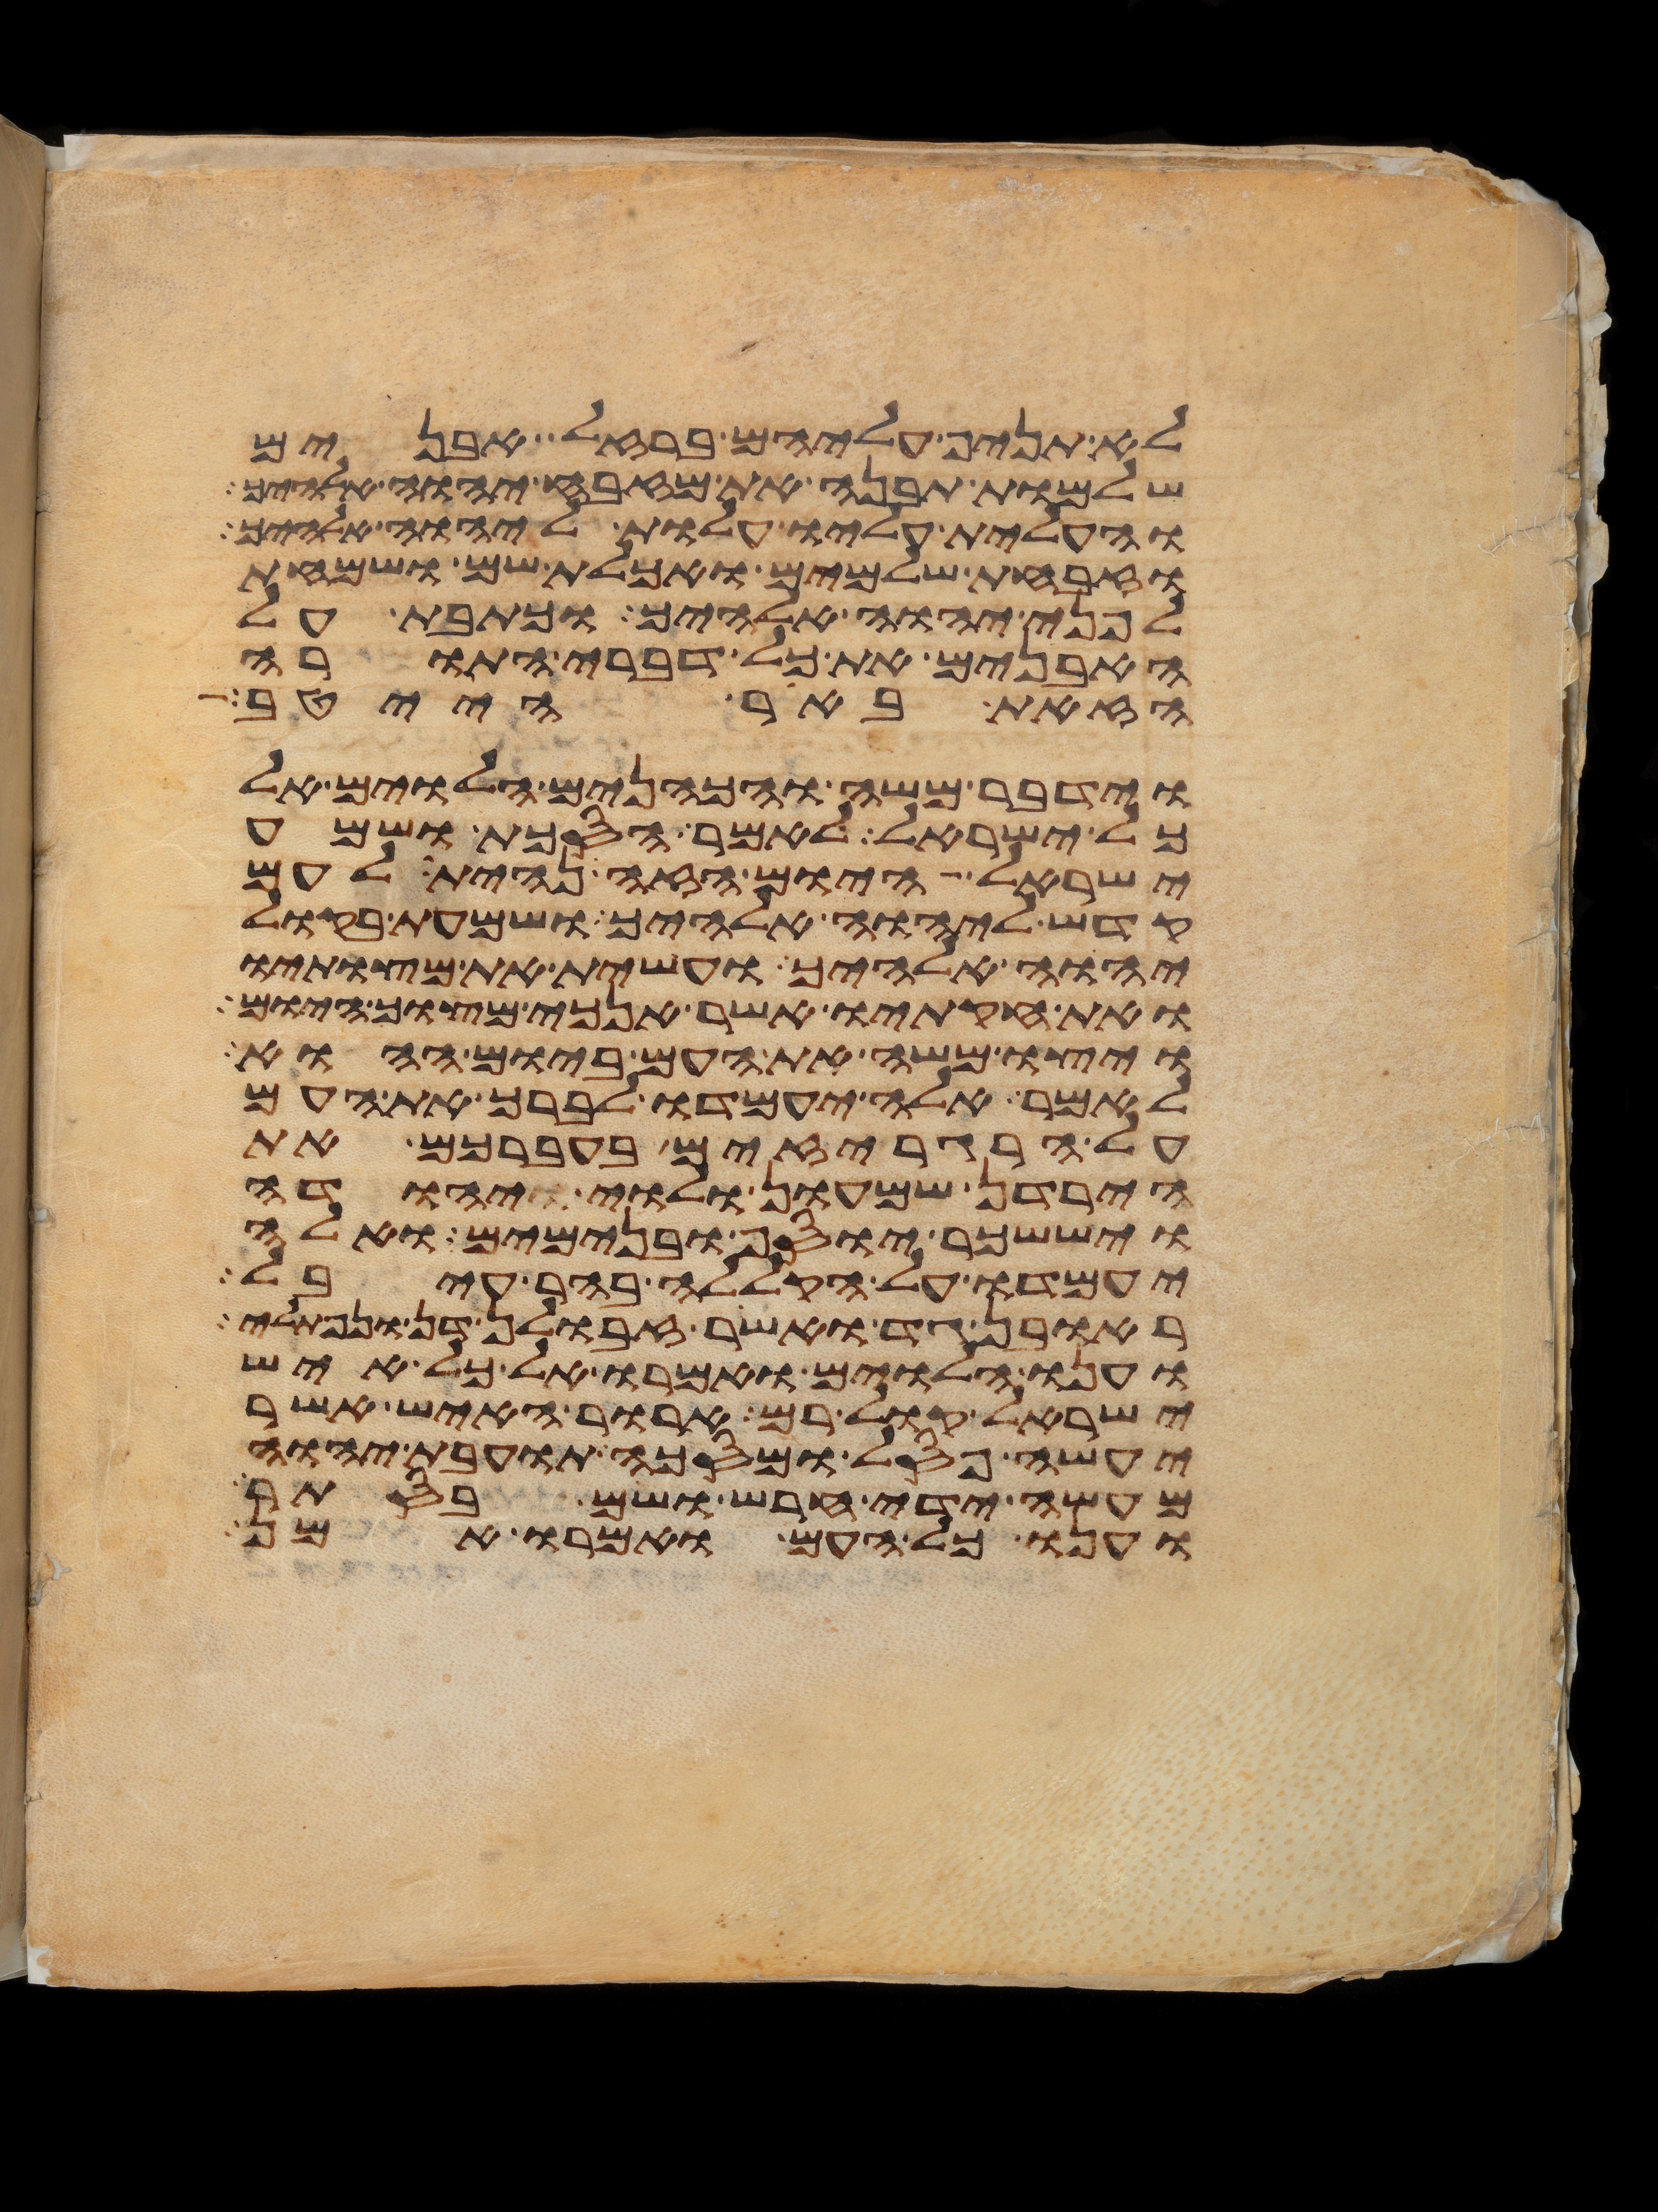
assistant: לא תניף עליהם ברזל אבנים
שלמות תבנה את מזבח יהוה אלהיך
והעלית עליו עלות ליהוה אלהיך
וזבחת שלמים ואכלת שם ושמחת
לפני יהוה אלהיך וכתבת על
האבנים את כל דברי התורה
הזאת באר הייטב
וידבר משה והכהנים הלוים אל
כל ישראל לאמר הסכת ושמע
ישראל היום הזה נהית לעם
קדש ליהוה אלהיך ושמעת בקול
יהוה אלהיך ועשית את מצותיו
ואת חקתיו אשר אנכי מצוך היום
ויצו משה את העם ביום ההוא
לאמר אלה יעמדו לברך את העם
על הרגריזים בעברכם את
הירדן שמעון ולוי יהודה
ויששכר יוסף ובנימים ואלה
יעמדו על הקללה בהר עיבל
ראובן גד ואשר זבולן דן ונפתלי
וענו הלוים ואמרו אל כל איש
ישראל קול רם ארור האיש אשר
יעשה פסל ומסכה תועבת יהוה
מעשה ידי חרש ושם בסתר
וענו כל העם ואמרו אמן